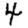
Digit: 4